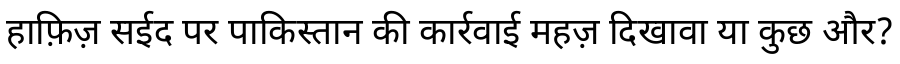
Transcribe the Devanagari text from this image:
हाफ़िज़ सईद पर पाकिस्तान की कार्रवाई महज़ दिखावा या कुछ और?